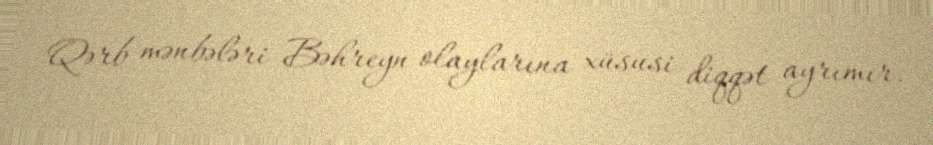
Qərb mənbələri Bəhreyn olaylarına xüsusi diqqət ayrımır.